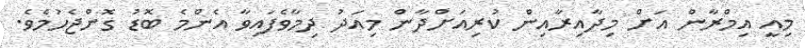
މިއީ އިމްރާން އަށް މިދާއިރާއިން ކުރިއަށްދާން މިއަދު ދިމާވެފައިވާ އެންމެ ބޮޑު ގޮންޖެހުމެވެ.